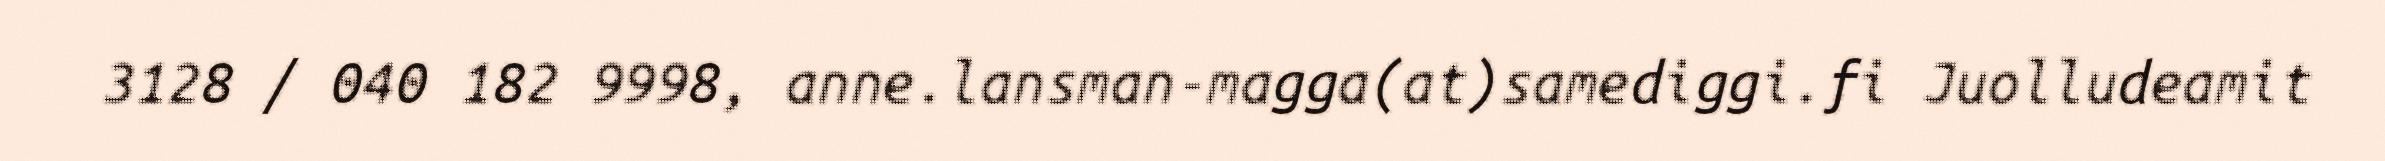
3128 / 040 182 9998, anne.lansman-magga(at)samediggi.fi Juolludeamit